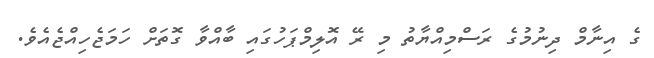
ގެ އިނާމް ދިނުމުގެ ރަސްމިއްޔާތު މި ރޭ އޮލިމްޕަހުގައި ބާއްވާ ގޮތަށް ހަމަޖެހިއްޖެއެވެ.